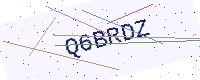
Text: Q6BRDZ